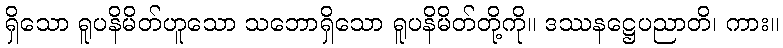
ရှိသော ရူပနိမိတ်ဟူသော သဘောရှိသော ရူပနိမိတ်တို့ကို။ ဒဿနဋ္ဌေပညာတိ၊ ကား။